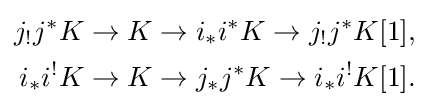
{\begin{aligned}j_{!}j^{*}K&\to K\to i_{*}i^{*}K\to j_{!}j^{*}K[1],\\i_{*}i^{!}K&\to K\to j_{*}j^{*}K\to i_{*}i^{!}K[1].\end{aligned}}